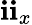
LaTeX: \mathbf{i}\mathbf{i}_{x}